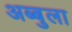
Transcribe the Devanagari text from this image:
अब्बुला